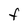
Character: F